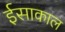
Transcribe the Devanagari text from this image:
ईसाकाल